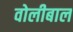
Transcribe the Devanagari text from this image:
वोलीबाल